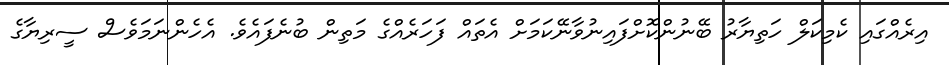
އިރެއްގައި ކެމިކަލް ހަތިޔާރު ބޭނުންކޮށްފައިނުވާނޭކަމަށް އެތައް ފަހަރެއްގެ މަތިން ބުނެފައެވެ. އެހެންނަމަވެސް ސީރިޔާގެ